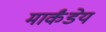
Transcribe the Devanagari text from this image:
मार्कंंडेय